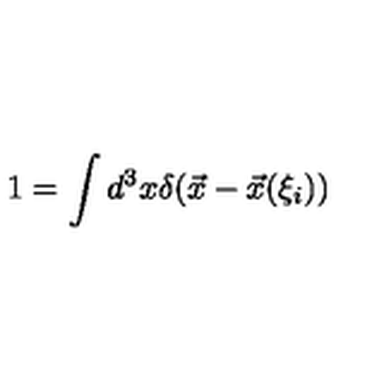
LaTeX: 1 = \int d ^ { 3 } x \delta ( \vec { x } - \vec { x } ( \xi _ { i } ) )